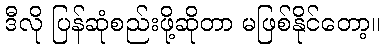
ဒီလို ပြန်ဆုံစည်းဖို့ဆိုတာ မဖြစ်နိုင်တော့။